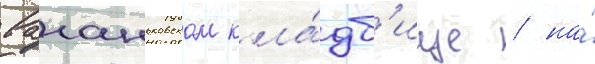
ваганьковском кла́дб'ище / на́